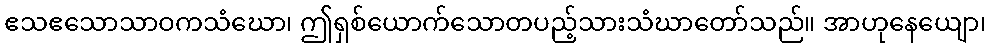
ဧသဧသောသာဝကသံဃော၊ ဤရှစ်ယောက်သောတပည့်သားသံဃာတော်သည်။ အာဟုနေယျော၊